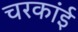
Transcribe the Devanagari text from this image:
चरकांई